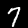
Digit: 7